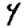
Digit: 4